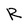
Character: R